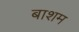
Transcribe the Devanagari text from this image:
बाशम